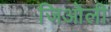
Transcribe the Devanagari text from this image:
जिओली